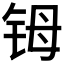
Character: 𬭁